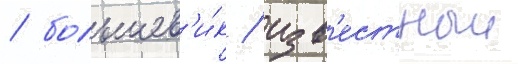
/ большев'и́к / изв'естныи